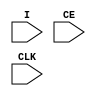
module X_SUH (I, CE, CLK);

  input I, CLK, CE;
  parameter LOC = "UNPLACED";

  specify

      $setuphold (posedge CLK, posedge CE, 0:0:0, 0:0:0);
      $setuphold (posedge CLK, negedge CE, 0:0:0, 0:0:0);
      $setuphold (negedge CLK, posedge CE, 0:0:0, 0:0:0);
      $setuphold (negedge CLK, negedge CE, 0:0:0, 0:0:0);

      $setuphold (posedge CLK, posedge I &&& CE, 0:0:0, 0:0:0);
      $setuphold (posedge CLK, negedge I &&& CE, 0:0:0, 0:0:0);
      $setuphold (negedge CLK, posedge I &&& CE, 0:0:0, 0:0:0);
      $setuphold (negedge CLK, negedge I &&& CE, 0:0:0, 0:0:0);

  endspecify

endmodule